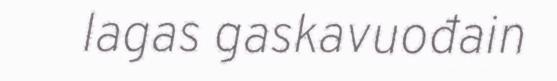
lagas gaskavuođain